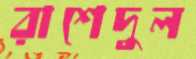
রাশেদুল